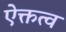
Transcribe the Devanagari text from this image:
ऐक्तत्व